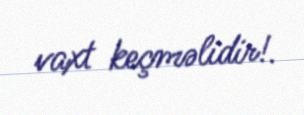
vaxt keçməlidir!.